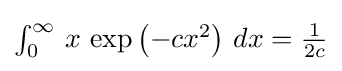
{\textstyle \int _{0}^{\infty }\,x\,\exp \left(-cx^{2}\right)\,dx={\frac {1}{2c}}}